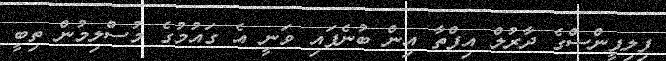
ފިލިޕީންސްގެ ދާރުލް އިފްތާ އިން ބުނެފައި ވަނީ އެ ގައުމުގެ މުސްލިމުން ތިބީ